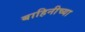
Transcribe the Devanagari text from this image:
बाहिनीच्या